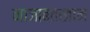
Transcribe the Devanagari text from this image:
नाजाबतखान